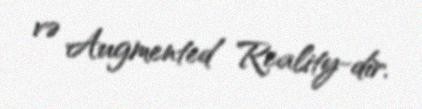
və Augmented Reality-dir.